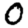
Digit: 0